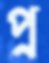
প্র